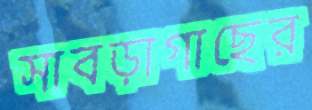
সাবড়াগাছের